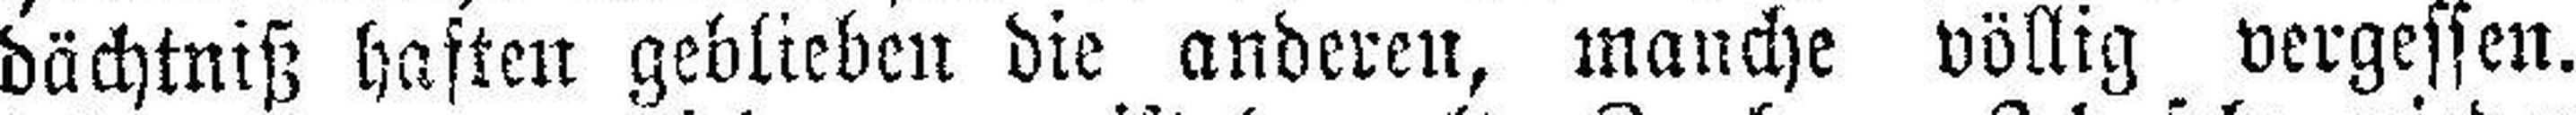
dächtniß haften geblieben die anderen, manche völlig vergessen.